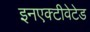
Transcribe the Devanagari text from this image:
इनएक्टीवेटेड